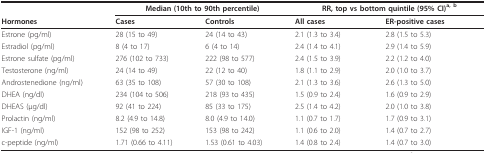
<table><thead><tr><td></td><td colspan="2"><b>Median (10th to 90th percentile)</b></td><td colspan="2"><b>RR, top vs bottom quintile (95% CI)<sup>a, b</sup></b></td></tr><tr><td><b>Hormones</b></td><td><b>Cases</b></td><td><b>Controls</b></td><td><b>All cases</b></td><td><b>ER-positive cases</b></td></tr></thead><tbody><tr><td>Estrone (pg/ml)</td><td>28 (15 to 49)</td><td>24 (14 to 43)</td><td>2.1 (1.3 to 3.4)</td><td>2.8 (1.5 to 5.3)</td></tr><tr><td>Estradiol (pg/ml)</td><td>8 (4 to 17)</td><td>6 (4 to 14)</td><td>2.4 (1.4 to 4.1)</td><td>2.9 (1.4 to 5.9)</td></tr><tr><td>Estrone sulfate (pg/ml)</td><td>276 (102 to 733)</td><td>222 (98 to 577)</td><td>2.4 (1.5 to 3.9)</td><td>2.2 (1.2 to 4.0)</td></tr><tr><td>Testosterone (ng/ml)</td><td>24 (14 to 49)</td><td>22 (12 to 40)</td><td>1.8 (1.1 to 2.9)</td><td>2.0 (1.0 to 3.7)</td></tr><tr><td>Androstenedione (ng/ml)</td><td>63 (35 to 108)</td><td>57 (30 to 108)</td><td>2.1 (1.3 to 3.6)</td><td>2.6 (1.3 to 5.0)</td></tr><tr><td>DHEA (ng/dl)</td><td>234 (104 to 506)</td><td>218 (93 to 435)</td><td>1.5 (0.9 to 2.4)</td><td>1.6 (0.9 to 2.9)</td></tr><tr><td>DHEAS (μg/dl)</td><td>92 (41 to 224)</td><td>85 (33 to 175)</td><td>2.5 (1.4 to 4.2)</td><td>2.0 (1.0 to 3.8)</td></tr><tr><td>Prolactin (ng/ml)</td><td>8.2 (4.9 to 14.8)</td><td>8.0 (4.9 to 14.0)</td><td>1.1 (0.7 to 1.7)</td><td>1.7 (0.9 to 3.1)</td></tr><tr><td>IGF-1 (ng/ml)</td><td>152 (98 to 252)</td><td>153 (98 to 242)</td><td>1.1 (0.6 to 2.0)</td><td>1.4 (0.7 to 2.7)</td></tr><tr><td>c-peptide (ng/ml)</td><td>1.71 (0.66 to 4.11)</td><td>1.53 (0.61 to 4.03)</td><td>1.4 (0.8 to 2.4)</td><td>1.4 (0.7 to 3.0)</td></tr></tbody></table>